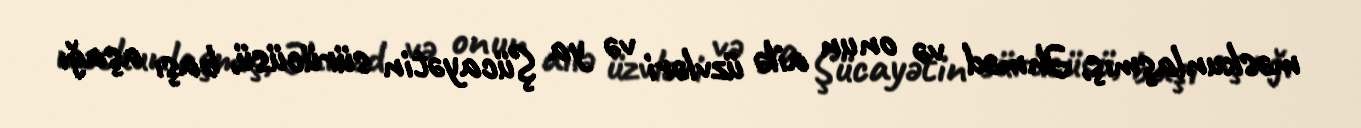
məskunlaşmış, Əhməd və onun ailə üzvləri və ya Şücayətin sürücüsü, başı aşağı